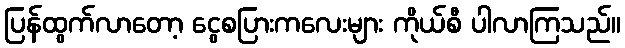
ပြန်ထွက်လာတော့ ငွေစပြားကလေးများ ကိုယ်စီ ပါလာကြသည်။